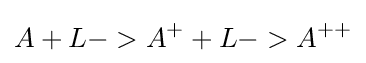
A+L->A^{+}+L->A^{++}